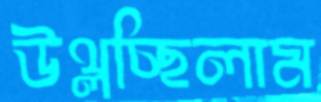
উথ্‌লচ্ছিলাম